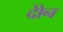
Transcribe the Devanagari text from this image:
दोेन